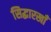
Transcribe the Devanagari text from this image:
सिद्धारखाँ